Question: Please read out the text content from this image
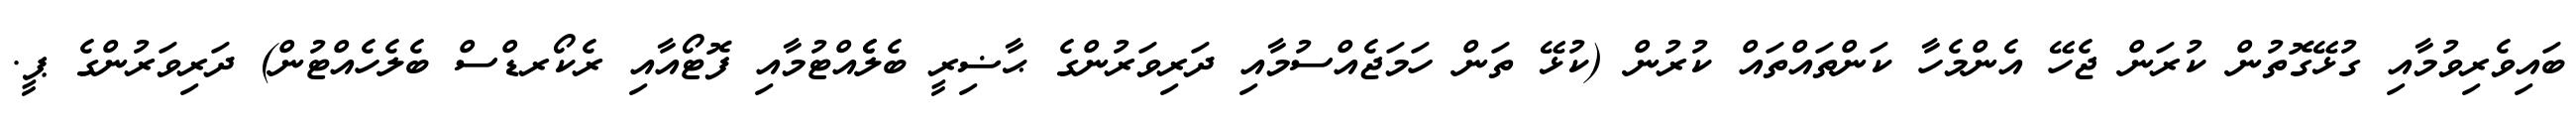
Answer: ބައިވެރިވުމާއި ގުޅޭގޮތުން ކުރަން ޖެހޭ އެންމެހާ ކަންތައްތައް ކުރުން (ކުޅޭ ތަން ހަމަޖެއްސުމާއި ދަރިވަރުންގެ ޙާޟިރީ ބެލެެއްޓުމާއި ފޮޓޯއާއި ރެކޯރޑްސް ބެލެހެއްޓުން) ދަރިވަރުންގެ ޕީ.